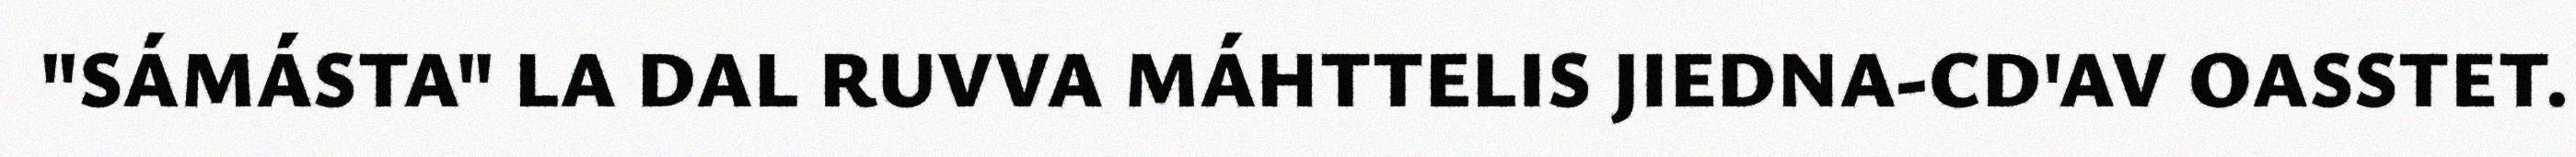
"SÁMÁSTA" LA DAL RUVVA MÁHTTELIS JIEDNA-CD'AV OASSTET.